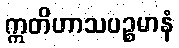
ဣတိဟာသပဉ္စမာနံ